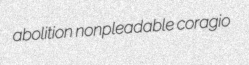
abolition nonpleadable coragio